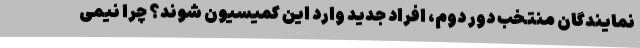
نمایندگان منتخب دور دوم، افراد جدید وارد این کمیسیون شوند؟ چرا نیمی